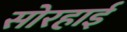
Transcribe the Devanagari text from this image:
सोरहाई